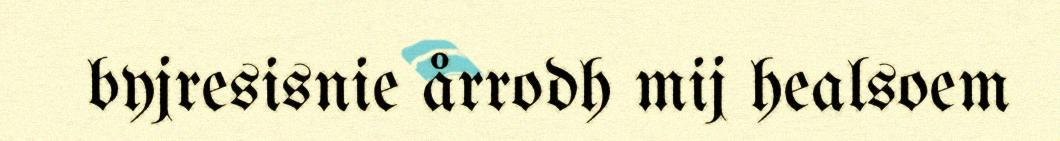
byjresisnie årrodh mij healsoem